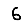
Digit: 6